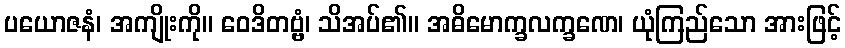
ပယောဇနံ၊ အကျိုးကို။ ဝေဒိတဗ္ဗံ၊ သိအပ်၏။ အဓိမောက္ခလက္ခဏေ၊ ယုံကြည်သော အားဖြင့်